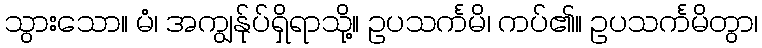
သွားသော။ မံ၊ အကျွန်ုပ်ရှိရာသို့။ ဥပသင်္ကမိ၊ ကပ်၏။ ဥပသင်္ကမိတွာ၊